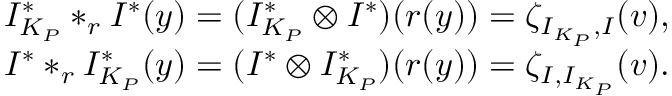
\begin{array} { r } { I _ { K _ { P } } ^ { * } * _ { r } I ^ { * } ( y ) = ( I _ { K _ { P } } ^ { * } \otimes I ^ { * } ) ( r ( y ) ) = \zeta _ { I _ { K _ { P } } , I } ( v ) , } \\ { I ^ { * } * _ { r } I _ { K _ { P } } ^ { * } ( y ) = ( I ^ { * } \otimes I _ { K _ { P } } ^ { * } ) ( r ( y ) ) = \zeta _ { I , I _ { K _ { P } } } ( v ) . } \end{array}